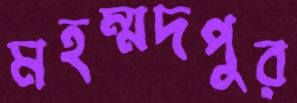
মহম্মদপুর